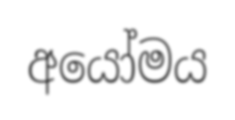
අයෝමය